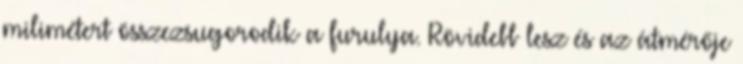
milimétert összezsugorodik a furulya. Rövidebb lesz és az átmérője